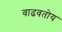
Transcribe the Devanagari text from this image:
वाढवतोय